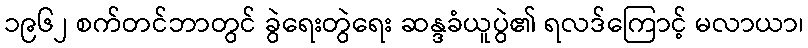
၁၉၆၂ စက်တင်ဘာတွင် ခွဲရေးတွဲရေး ဆန္ဒခံယူပွဲ၏ ရလဒ်ကြောင့် မလာယာ၊